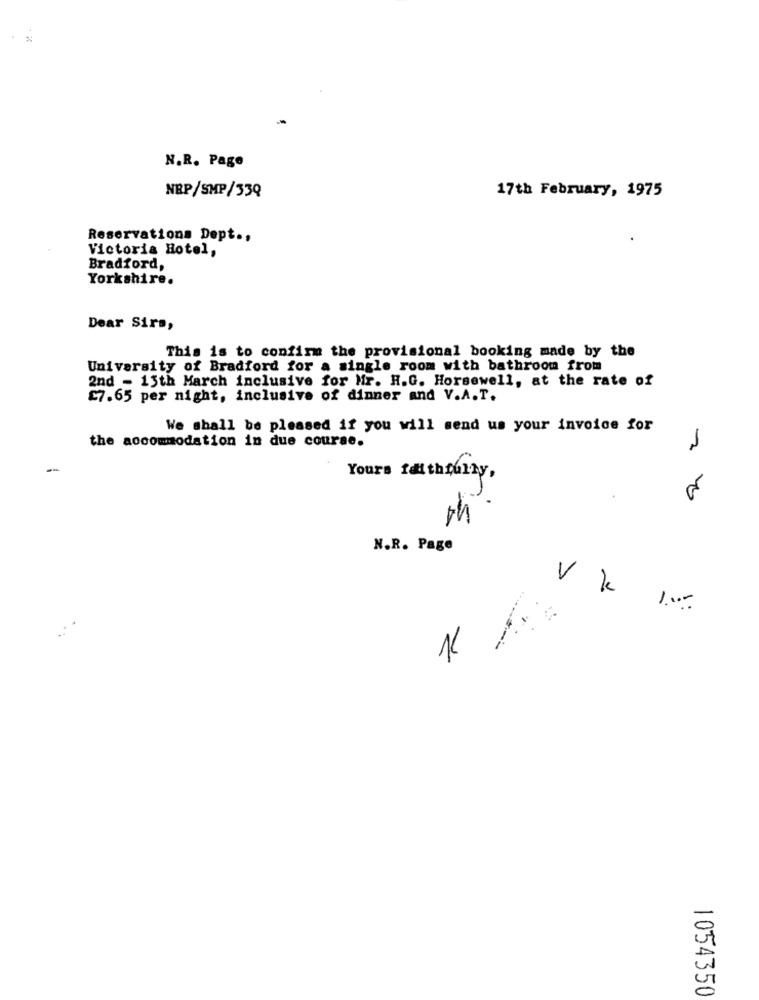
N.R. Page
NEP/SMP/33Q
17th February, 1975
Reservations Dept .,
Victoria Hotel,
Bradford,
Yorkshire.
Dear Sirs,
This is to confirm the provisional booking made by the
University of Bradford for a single room with bathroom from
2nd - 13th March inclusive for Mr. H.G. Horsewell, at the rate of
£7.65 per night, inclusive of dinner and V.A.T.
We shall be pleased if you will send us your invoice for
the accommodation in due course.
2
Yours faithfully ,
N.R. Page
Vk
1.1 .-
1054350